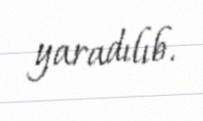
yaradılıb.